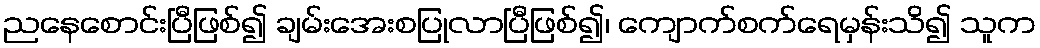
ညနေစောင်းပြီဖြစ်၍ ချမ်းအေးစပြုလာပြီဖြစ်၍၊ ကျောက်စက်ရေမှန်းသိ၍ သူက